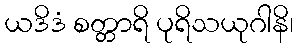
ယဒိဒံ စတ္တာရိ ပုရိသယုဂါနိ၊